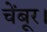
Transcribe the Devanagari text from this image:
चेंबूर।